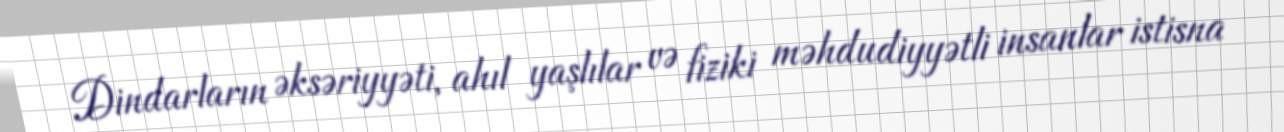
Dindarların əksəriyyəti, ahıl yaşlılar və fiziki məhdudiyyətli insanlar istisna